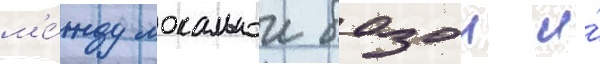
м'е́жду локальнои базои и́